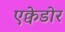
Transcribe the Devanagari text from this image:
एक्वेडोर